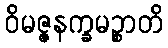
ဝိမဇ္ဇနက္ခမဉ္စာတိ